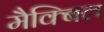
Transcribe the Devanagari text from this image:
मैक्बिल